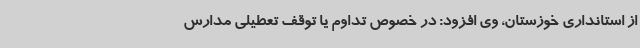
از استانداری خوزستان، وی افزود: در خصوص تداوم یا توقف تعطیلی مدارس